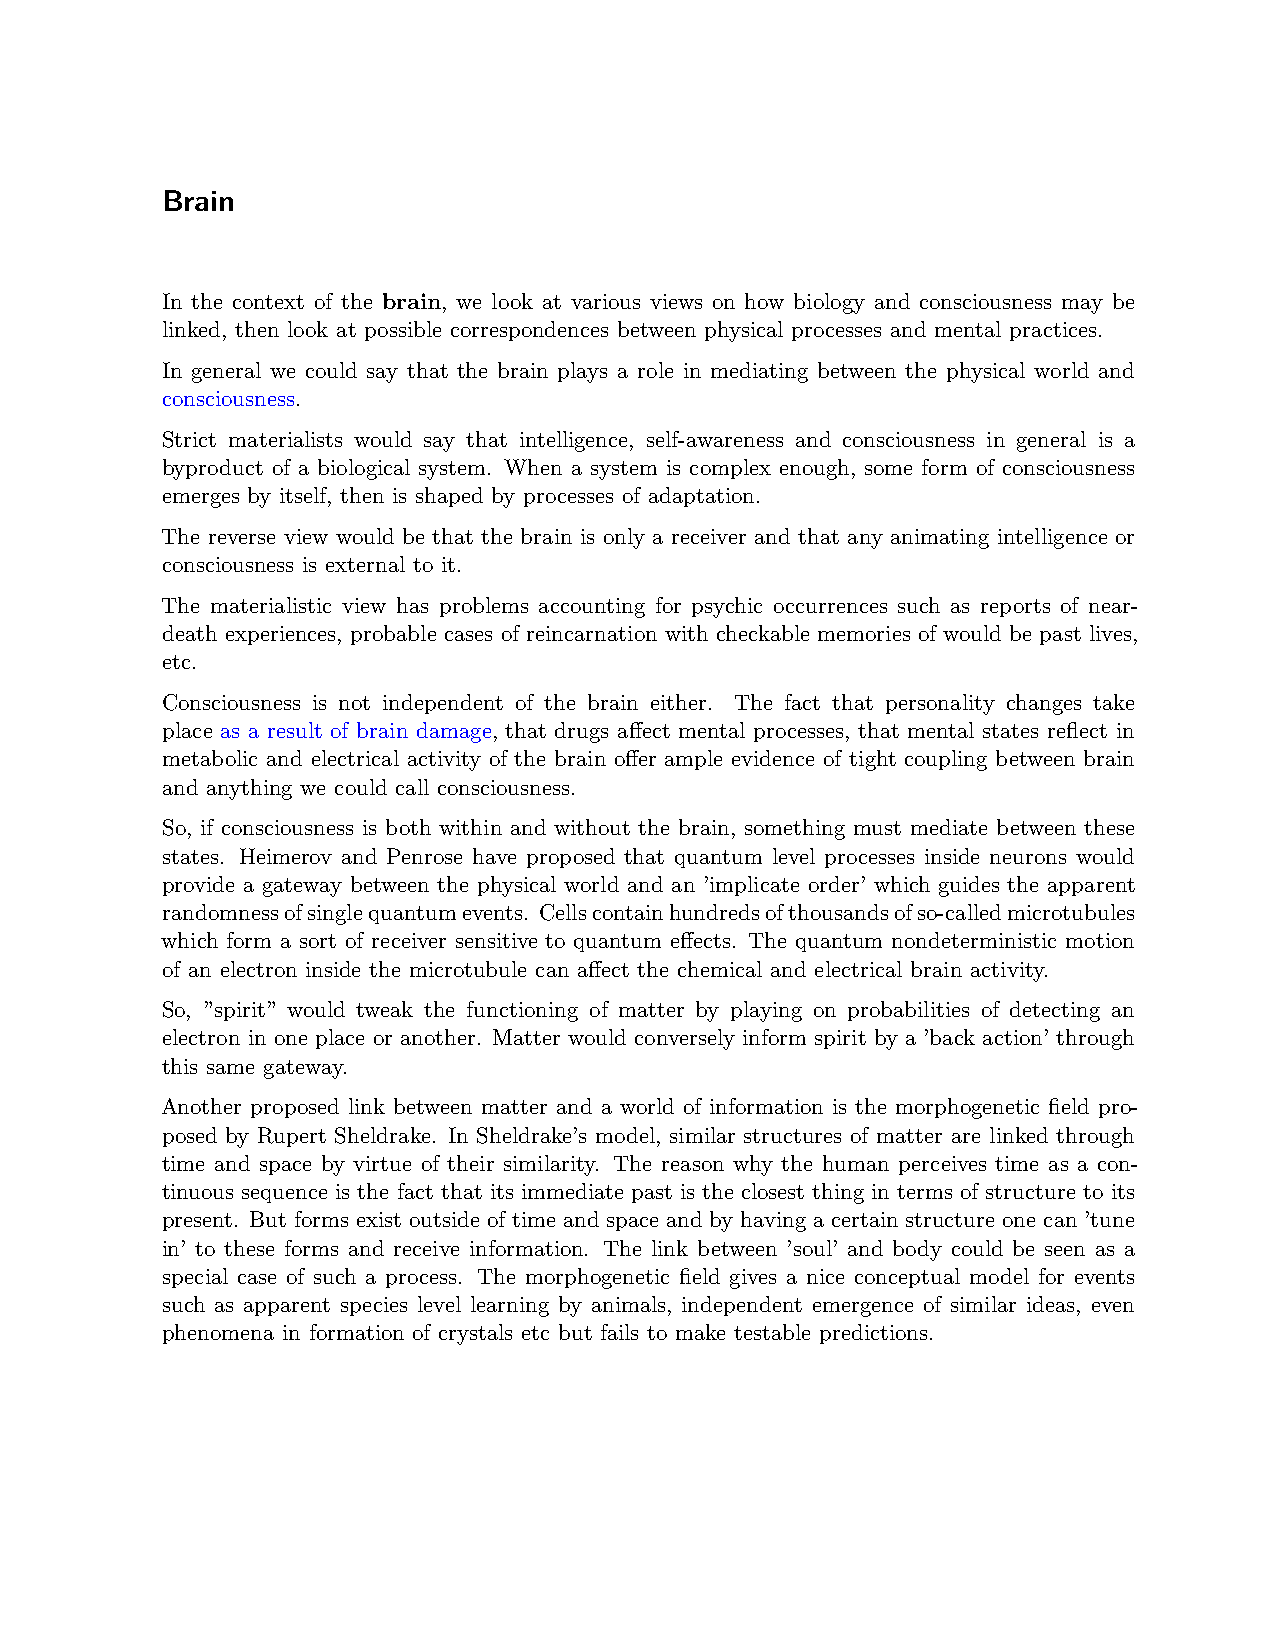
Brain
 In the context of the brain, we look at various views on how biology and consciousness may be
 linked, then look at possible correspondences between physical processes and mental practices.
 In general we could say that the brain plays a role in mediating between the physical world and
 consciousness.
 Strict materialists would say that intelligence, self-awareness and consciousness in general is a
 byproduct of a biological system. When a system is complex enough, some form of consciousness
 emerges by itself, then is shaped by processes of adaptation.
 The reverse view would be that the brain is only a receiver and that any animating intelligence or
 consciousness is external to it.
 The materialistic view has problems accounting for psychic occurrences such as reports of near-
 death experiences, probable cases of reincarnation with checkable memories of would be past lives,
 etc.
 Consciousness is not independent of the brain either. The fact that personality changes take
 place as a result of brain damage, that drugs affect mental processes, that mental states reflect in
 metabolic and electrical activity of the brain offer ample evidence of tight coupling between brain
 and anything we could call consciousness.
 So, if consciousness is both within and without the brain, something must mediate between these
 states. Heimerov and Penrose have proposed that quantum level processes inside neurons would
 provide a gateway between the physical world and an ’implicate order’ which guides the apparent
 randomnessofsinglequantumevents. Cellscontainhundredsofthousandsofso-calledmicrotubules
 which form a sort of receiver sensitive to quantum effects. The quantum nondeterministic motion
 of an electron inside the microtubule can affect the chemical and electrical brain activity.
 So, ”spirit” would tweak the functioning of matter by playing on probabilities of detecting an
 electron in one place or another. Matter would conversely inform spirit by a ’back action’ through
 this same gateway.
 Another proposed link between matter and a world of information is the morphogenetic field pro-
 posed by Rupert Sheldrake. In Sheldrake’s model, similar structures of matter are linked through
 time and space by virtue of their similarity. The reason why the human perceives time as a con-
 tinuous sequence is the fact that its immediate past is the closest thing in terms of structure to its
 present. But forms exist outside of time and space and by having a certain structure one can ’tune
 in’ to these forms and receive information. The link between ’soul’ and body could be seen as a
 special case of such a process. The morphogenetic field gives a nice conceptual model for events
 such as apparent species level learning by animals, independent emergence of similar ideas, even
 phenomena in formation of crystals etc but fails to make testable predictions.